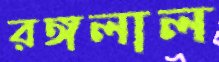
রঙ্গলাল